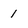
Character: 1